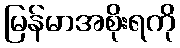
မြန်မာအစိုးရကို